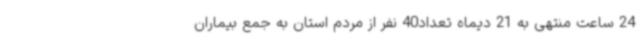
24 ساعت منتهی به 21 دیماه تعداد40 نفر از مردم استان به جمع بیماران